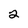
Character: 2